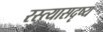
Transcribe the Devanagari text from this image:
रस्त्यासदृष्य